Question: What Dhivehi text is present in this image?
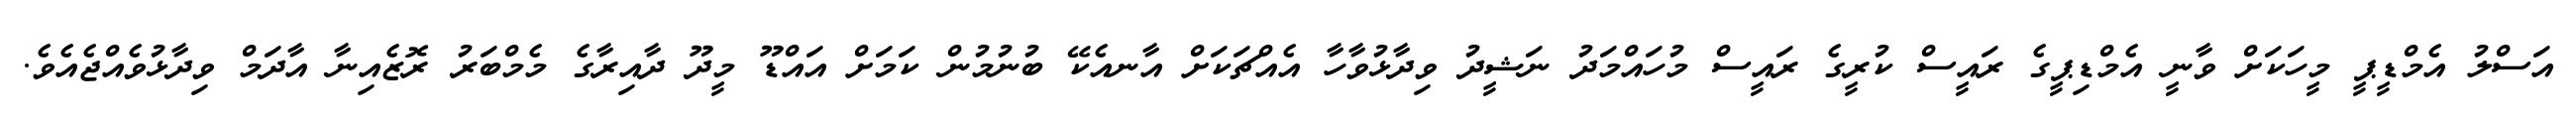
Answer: އަސްލު އެމްޑީޕީ މީހަކަށް ވާނީ އެމްޑިޕީގެ ރައީސް ކުރީގެ ރައީސް މުހައްމަދު ނަޝީދު ވިދާޅުވާހާ އެއްޗަކަށް އާނއެކޭ ބުނުމުން ކަމަށް އައްޑޫ މީދޫ ދާއިރާގެ މެމްބަރު ރޮޒެއިނާ އާދަމް ވިދާޅުވެއްޖެއެވެ.